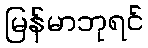
မြန်မာဘုရင်